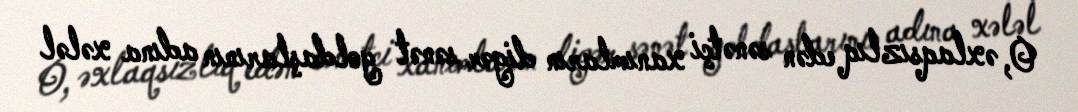
O, əxlaqsızlıq edən sənətçi xanımların digər sənət yoldaşlarının adına xələl